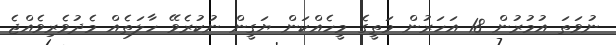
ނުވަތަ އުމުރުން 18 އަހަރުން މަތީގެ މީހެއްކަން ޔަގީން ނުކުރެވޭ ހާލަތެއް މެދުވެރިވެއްޖެ